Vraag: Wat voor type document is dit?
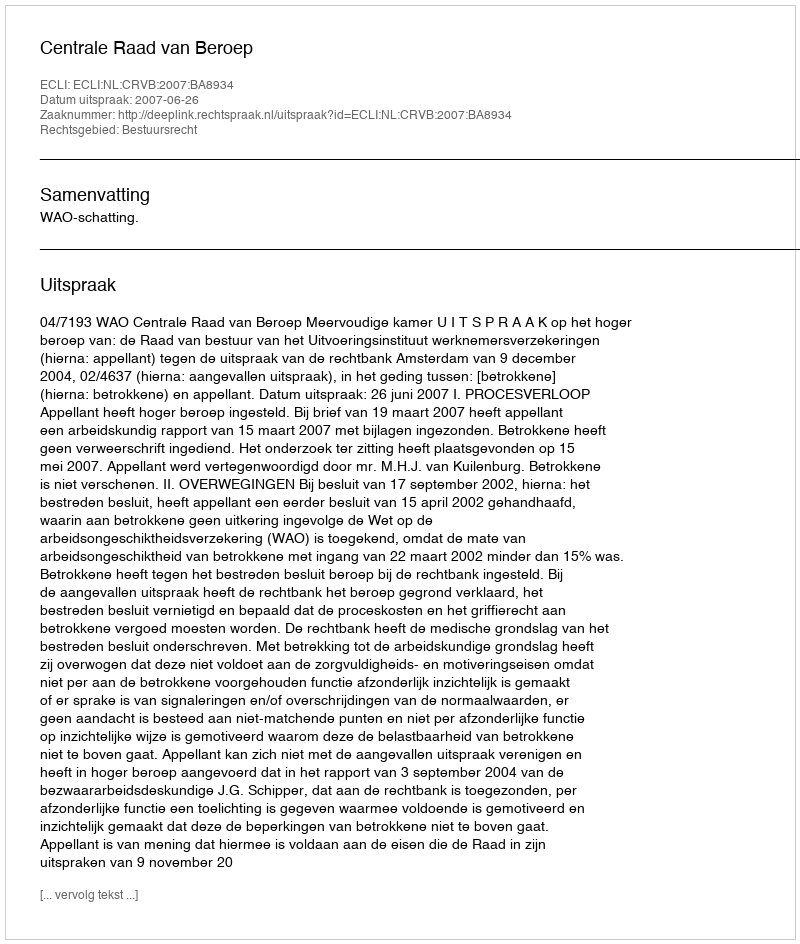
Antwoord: Uitspraak